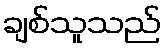
ချစ်သူသည်